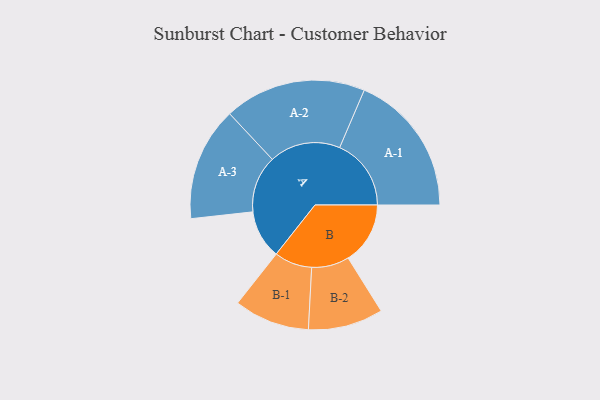
{"axis": {"x": "Segment", "y": "Value"}, "legend": ["", "A", "B"], "data": [{"x": "A", "y": 180, "type": ""}, {"x": "B", "y": 230, "type": ""}, {"x": "A-1", "y": 265, "type": "A"}, {"x": "A-2", "y": 263, "type": "A"}, {"x": "A-3", "y": 211, "type": "A"}, {"x": "B-1", "y": 140, "type": "B"}, {"x": "B-2", "y": 139, "type": "B"}]}